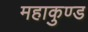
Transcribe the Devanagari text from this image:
महाकुण्ड